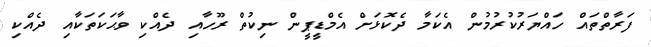
ފަރާތްތައް ހައްޔަރުކުރުމުން އެކަމާ ދެކޮޅަށް އެމްޑީޕީން ނިިކުތް ރޫހާއި ދެއްކި ވާޙަކަތަކާއި ދެއްކި